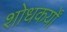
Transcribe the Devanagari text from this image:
शोधकर्यों